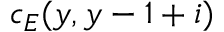
c _ { E } ( y , y - 1 + i )